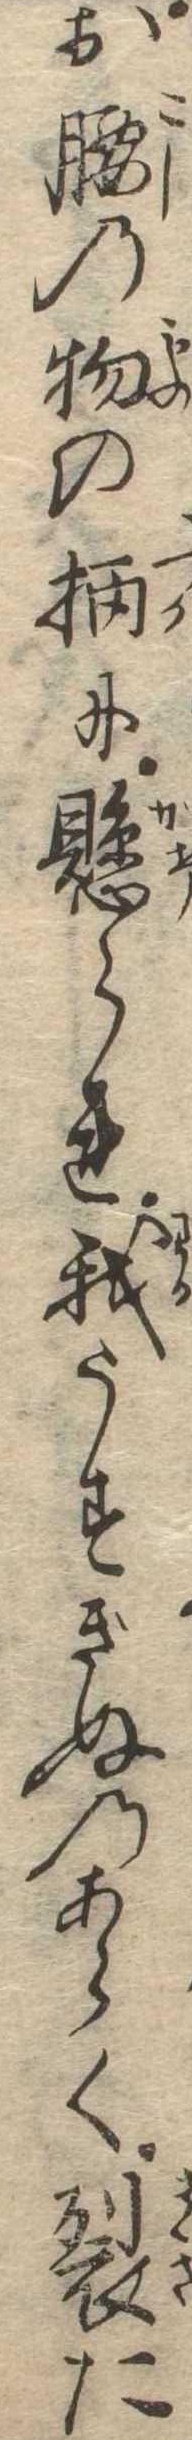
お腰の物の柄に懸られ我うすぎぬのあらく裂た